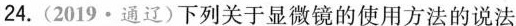
24.(2019·通辽)下列关于显微镜的使用方法的说法